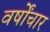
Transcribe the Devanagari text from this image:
वर्षोंचार